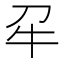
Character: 𭷔